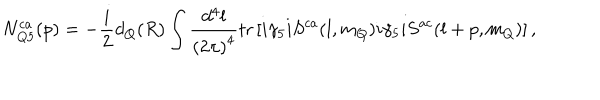
LaTeX: N _ { Q 5 } ^ { c a } ( p ) = - \frac { i } { 2 } d _ { Q } ( R ) \int \frac { d ^ { 4 } l } { { ( 2 \pi ) } ^ { 4 } } \mathrm { t r } \left[ i \gamma _ { 5 } i S ^ { c a } ( l , m _ { Q } ) i \gamma _ { 5 } i S ^ { a c } ( l + p , m _ { Q } ) \right] ,